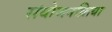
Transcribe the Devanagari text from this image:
संयोजनक्रिया